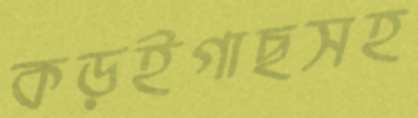
কড়ইগাছসহ